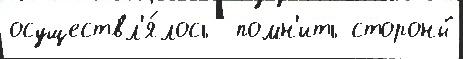
осуществл'я́лось  помн'ить стороны́